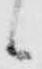
候